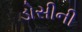
ડોસીની